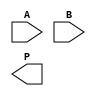
module wallace_tree_multiplier #(parameter N = 4) (
    input  [N-1:0] A,
    input  [N-1:0] B,
    output [2*N-1:0] P
);
    wire [N-1:0] pp [0:N-1]; // Partial products
    wire [N-1:0] sum1 [0:N-1]; // First reduction stage sums
    wire [N-1:0] carry1 [0:N-1]; // First reduction stage carries
    wire [N-1:0] sum2 [0:N-1]; // Second reduction stage sums
    wire [N-1:0] carry2 [0:N-1]; // Second reduction stage carries

    // Generate partial products
    genvar i, j;
    generate
        for (i = 0; i < N; i = i + 1) begin : partial_products
            for (j = 0; j < N; j = j + 1) begin : and_gate
                assign pp[i][j] = A[i] & B[j];
            end
        end
    endgenerate

    // Stage 1: Wallace tree reduction using CSAs
    generate
        for (i = 0; i < N; i = i + 1) begin : reduction_stage1
            if (i % 3 == 0) begin
                assign {carry1[i/3], sum1[i/3]} = pp[i] + pp[i+1] + pp[i+2];
            end
        end
    endgenerate

    // Stage 2: Continue reduction until only two rows remain
    generate
        for (i = 0; i < (N+2)/3; i = i + 1) begin : reduction_stage2
            if (i % 3 == 0) begin
                assign {carry2[i/3], sum2[i/3]} = sum1[i] + sum1[i+1] + sum1[i+2];
            end
        end
    endgenerate

    // Final addition of the last two rows
    wire [2*N-1:0] final_sum;
    wire [2*N-1:0] final_carry;

    assign final_sum = sum2[0] + sum2[1] + carry2[0];
    assign final_carry = carry2[1];

    // Final product output
    assign P = final_sum + final_carry;

endmodule